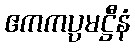
ဧကကပ္ပမဋ္ဌီနံ